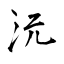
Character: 沅